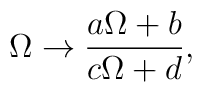
{\Omega \to {a\Omega + b \over c\Omega + d},}